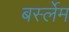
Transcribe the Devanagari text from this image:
बर्स्लेम